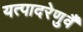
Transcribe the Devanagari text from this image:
यत्पादरेणुर्वै